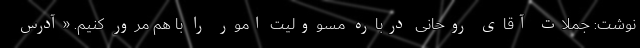
نوشت: جملات آقای روحانی درباره مسوولیت امور را با هم مرور کنیم. «آدرس